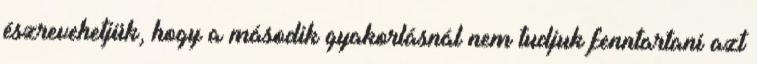
észrevehetjük, hogy a második gyakorlásnál nem tudjuk fenntartani azt